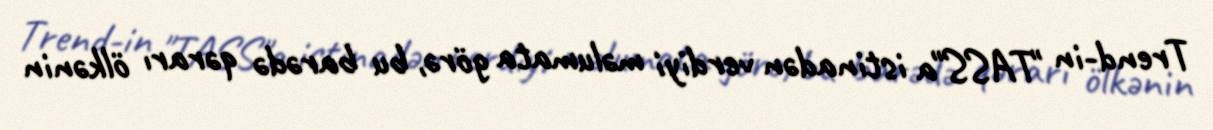
Trend-in "TASS"a istinadən verdiyi məlumata görə, bu barədə qərarı ölkənin